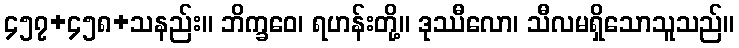
၄၅၇+၄၅၈+သနည်း။ ဘိက္ခဝေ၊ ရဟန်းတို့။ ဒုဿီလော၊ သီလမရှိသောသူသည်။